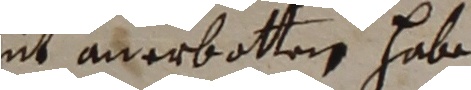
nit anerbotten habe.